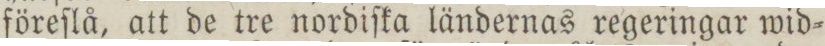
föreſlå, att de tre nordiſka ländernas regeringar wid=